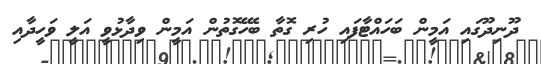
ދޫނިދޫގައި އަމީން ބަހައްޓާފައި ހުރި ގޮތާ ބެހޭގޮތުން އަމީން ވިދާޅުވީ އަލީ ވަހީދާއި